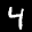
Label: 4